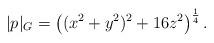
LaTeX: \begin{align*}|p|_G=\left((x^2+y^2)^2+16z^2\right)^{\frac{1}{4}}.\end{align*}